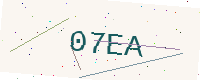
Text: 07EA